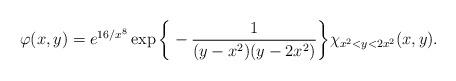
LaTeX: \begin{align*}\varphi(x,y)=e^{16/x^8}\exp\bigg\{-\frac{1}{(y-x^2)(y-2x^2)}\bigg\}\chi_{x^2<y<2x^2}(x,y).\end{align*}